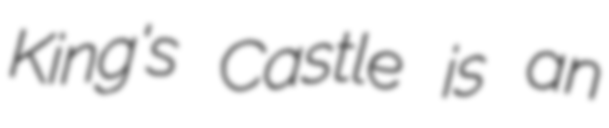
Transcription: King's Castle is an